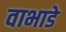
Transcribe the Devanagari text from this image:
वाभाडे